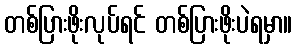
တစ်ပြားဖိုးလုပ်ရင် တစ်ပြားဖိုးပဲရမှာ။